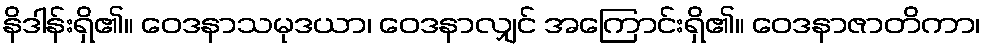
နိဒါန်းရှိ၏။ ဝေဒနာသမုဒယာ၊ ဝေဒနာလျှင် အကြောင်းရှိ၏။ ဝေဒနာဇာတိကာ၊